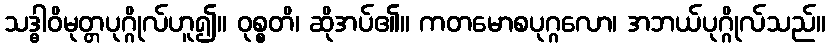
သဒ္ဓါဝိမုတ္တပုဂ္ဂိုလ်ဟူ၍။ ဝုစ္စတိ၊ ဆိုအပ်၏။ ကတမောစပုဂ္ဂလော၊ အဘယ်ပုဂ္ဂိုလ်သည်။